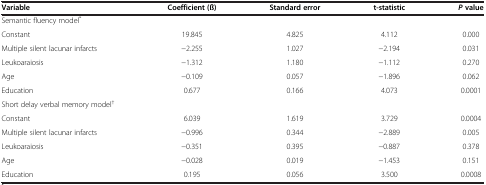
| Variable | Coefficient (ß) | Standard error | t-statistic | P value |
 | --- | --- | --- | --- | --- |
 | Semantic fluency model* |  |  |  |  |
 | Constant | 19.845 | 4.825 | 4.112 | 0.000 |
 | Multiple silent lacunar infarcts | -2.255 | 1.027 | -2.194 | 0.031 |
 | Leukoaraiosis | -1.312 | 1.180 | -1.112 | 0.270 |
 | Age | -0.109 | 0.057 | -1.896 | 0.062 |
 | Education | 0.677 | 0.166 | 4.073 | 0.0001 |
 | Short delay verbal memory model† |  |  |  |  |
 | Constant | 6.039 | 1.619 | 3.729 | 0.0004 |
 | Multiple silent lacunar infarcts | -0.996 | 0.344 | -2.889 | 0.005 |
 | Leukoaraiosis | -0.351 | 0.395 | -0.887 | 0.378 |
 | Age | -0.028 | 0.019 | -1.453 | 0.151 |
 | Education | 0.195 | 0.056 | 3.500 | 0.0008 |